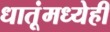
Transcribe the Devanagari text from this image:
धातूंमध्येही